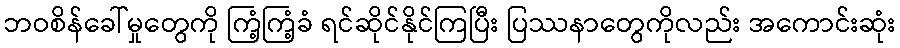
ဘဝစိန်ခေါ်မှုတွေကို ကြံ့ကြံ့ခံ ရင်ဆိုင်နိုင်ကြပြီး ပြဿနာတွေကိုလည်း အကောင်းဆုံး